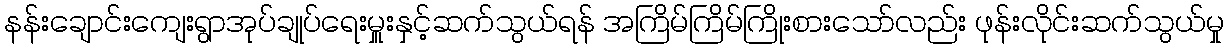
နန်းချောင်းကျေးရွာအုပ်ချုပ်ရေးမှူးနှင့်ဆက်သွယ်ရန် အကြိမ်ကြိမ်ကြိုးစားသော်လည်း ဖုန်းလိုင်းဆက်သွယ်မှု